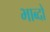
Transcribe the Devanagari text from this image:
भाब्दों